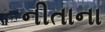
નીતાના